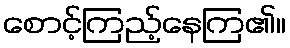
စောင့်ကြည့်နေကြ၏။